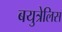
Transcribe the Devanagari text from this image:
बयुत्रेलिस